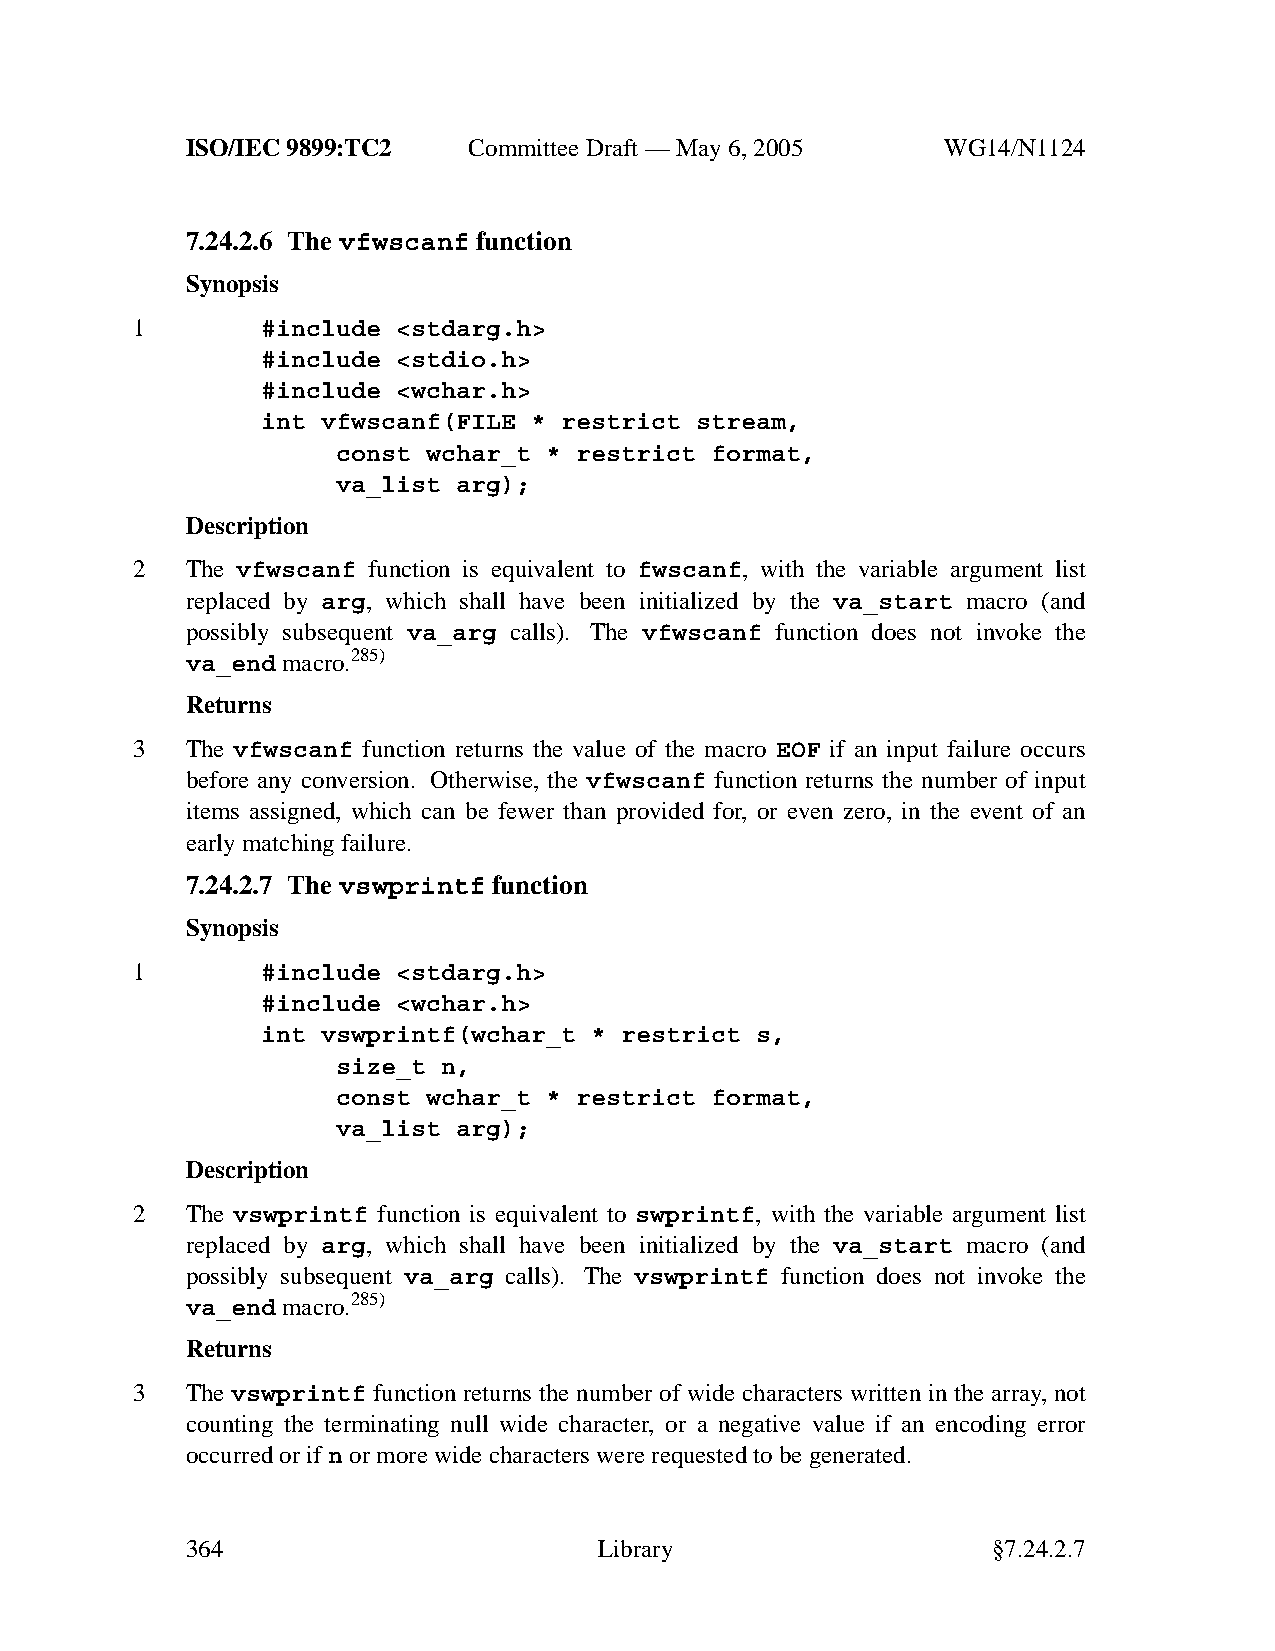
ISO/IEC 9899:TC2   Committee Draft — May 6, 2005   WG14/N1124
 7.24.2.6 The vfwscanf function
 Synopsis
 1       #include <stdarg.h>
 #include <stdio.h>
 #include <wchar.h>
 int vfwscanf(FILE * restrict stream,
 const wchar_t * restrict format,
 va_list arg);
 Description
 2  The vfwscanf function is equivalent to fwscanf, with the variable argument list
 replaced by arg, which shall have been initialized by the va_start macro (and
 possibly subsequent va_arg calls). The vfwscanf function does not invoke the
 va_end macro.285)
 Returns
 3  The vfwscanf function returns the value of the macro EOF if an input failure occurs
 before any conversion. Otherwise, the vfwscanf function returns the number of input
 items assigned, which can be fewer than provided for, or even zero, in the event of an
 early matching failure.
 7.24.2.7 The vswprintf function
 Synopsis
 1       #include <stdarg.h>
 #include <wchar.h>
 int vswprintf(wchar_t * restrict s,
 size_t n,
 const wchar_t * restrict format,
 va_list arg);
 Description
 2  The vswprintf function is equivalent to swprintf, with the variable argument list
 replaced by arg, which shall have been initialized by the va_start macro (and
 possibly subsequent va_arg calls). The vswprintf function does not invoke the
 va_end macro.285)
 Returns
 3  The vswprintf function returns the number of wide characters written in the array, not
 counting the terminating null wide character, or a neg ative value if an encoding error
 occurred or ifn or more wide characters were requested to be generated.
 364                         Library                   §7.24.2.7